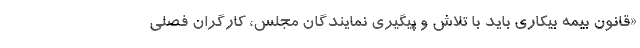
«قانون بیمه بیکاری باید با تلاش و پیگیری نمایندگان مجلس، کارگران فصلی